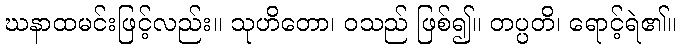
ဃနာထမင်းဖြင့်လည်း။ သုဟိတော၊ ဝသည် ဖြစ်၍။ တပ္ပတိ၊ ရောင့်ရဲ၏။